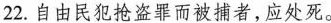
22.自由民犯抢盗罪而被捕者，应处死。